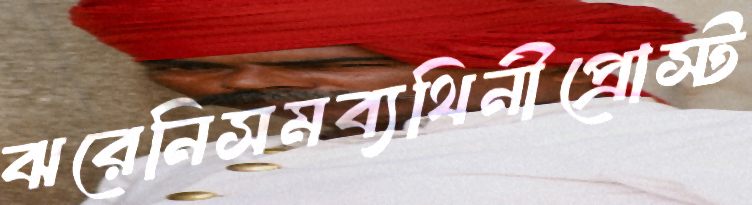
ঝরেনিসমব্যথিনীপ্রোস্ট